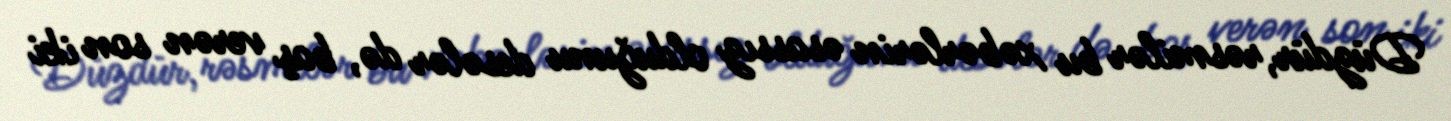
Düzdür, rəsmilər bu xəbərlərin əsassız olduğunu desələr də, baş verən son iki